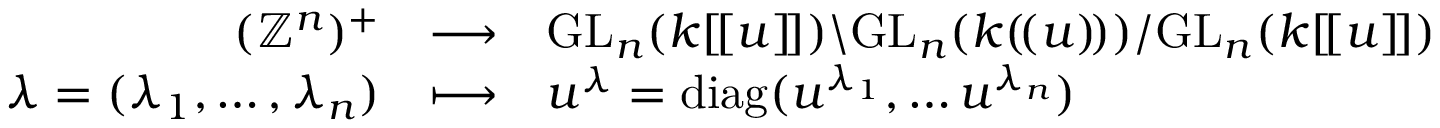
\begin{array} { l r c l } & { ( \mathbb { Z } ^ { n } ) ^ { + } } & { \longrightarrow } & { \mathrm { G L } _ { n } ( k [ \! [ u ] \! ] ) \backslash \mathrm { G L } _ { n } ( k ( \! ( u ) \! ) ) / \mathrm { G L } _ { n } ( k [ \! [ u ] \! ] ) } \\ & { \lambda = ( \lambda _ { 1 } , \dots , \lambda _ { n } ) } & { \longmapsto } & { u ^ { \lambda } = \mathrm { d i a g } ( u ^ { \lambda _ { 1 } } , \dots u ^ { \lambda _ { n } } ) } \end{array}